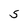
Character: S